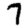
Digit: 7